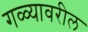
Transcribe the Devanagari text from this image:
गळ्यावरील